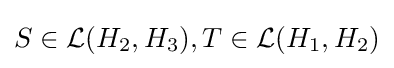
S\in {\mathcal {L}}(H_{2},H_{3}),T\in {\mathcal {L}}(H_{1},H_{2})